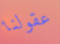
عقولنا